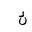
Letter: _kaf